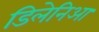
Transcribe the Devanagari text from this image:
डिलेनिआ